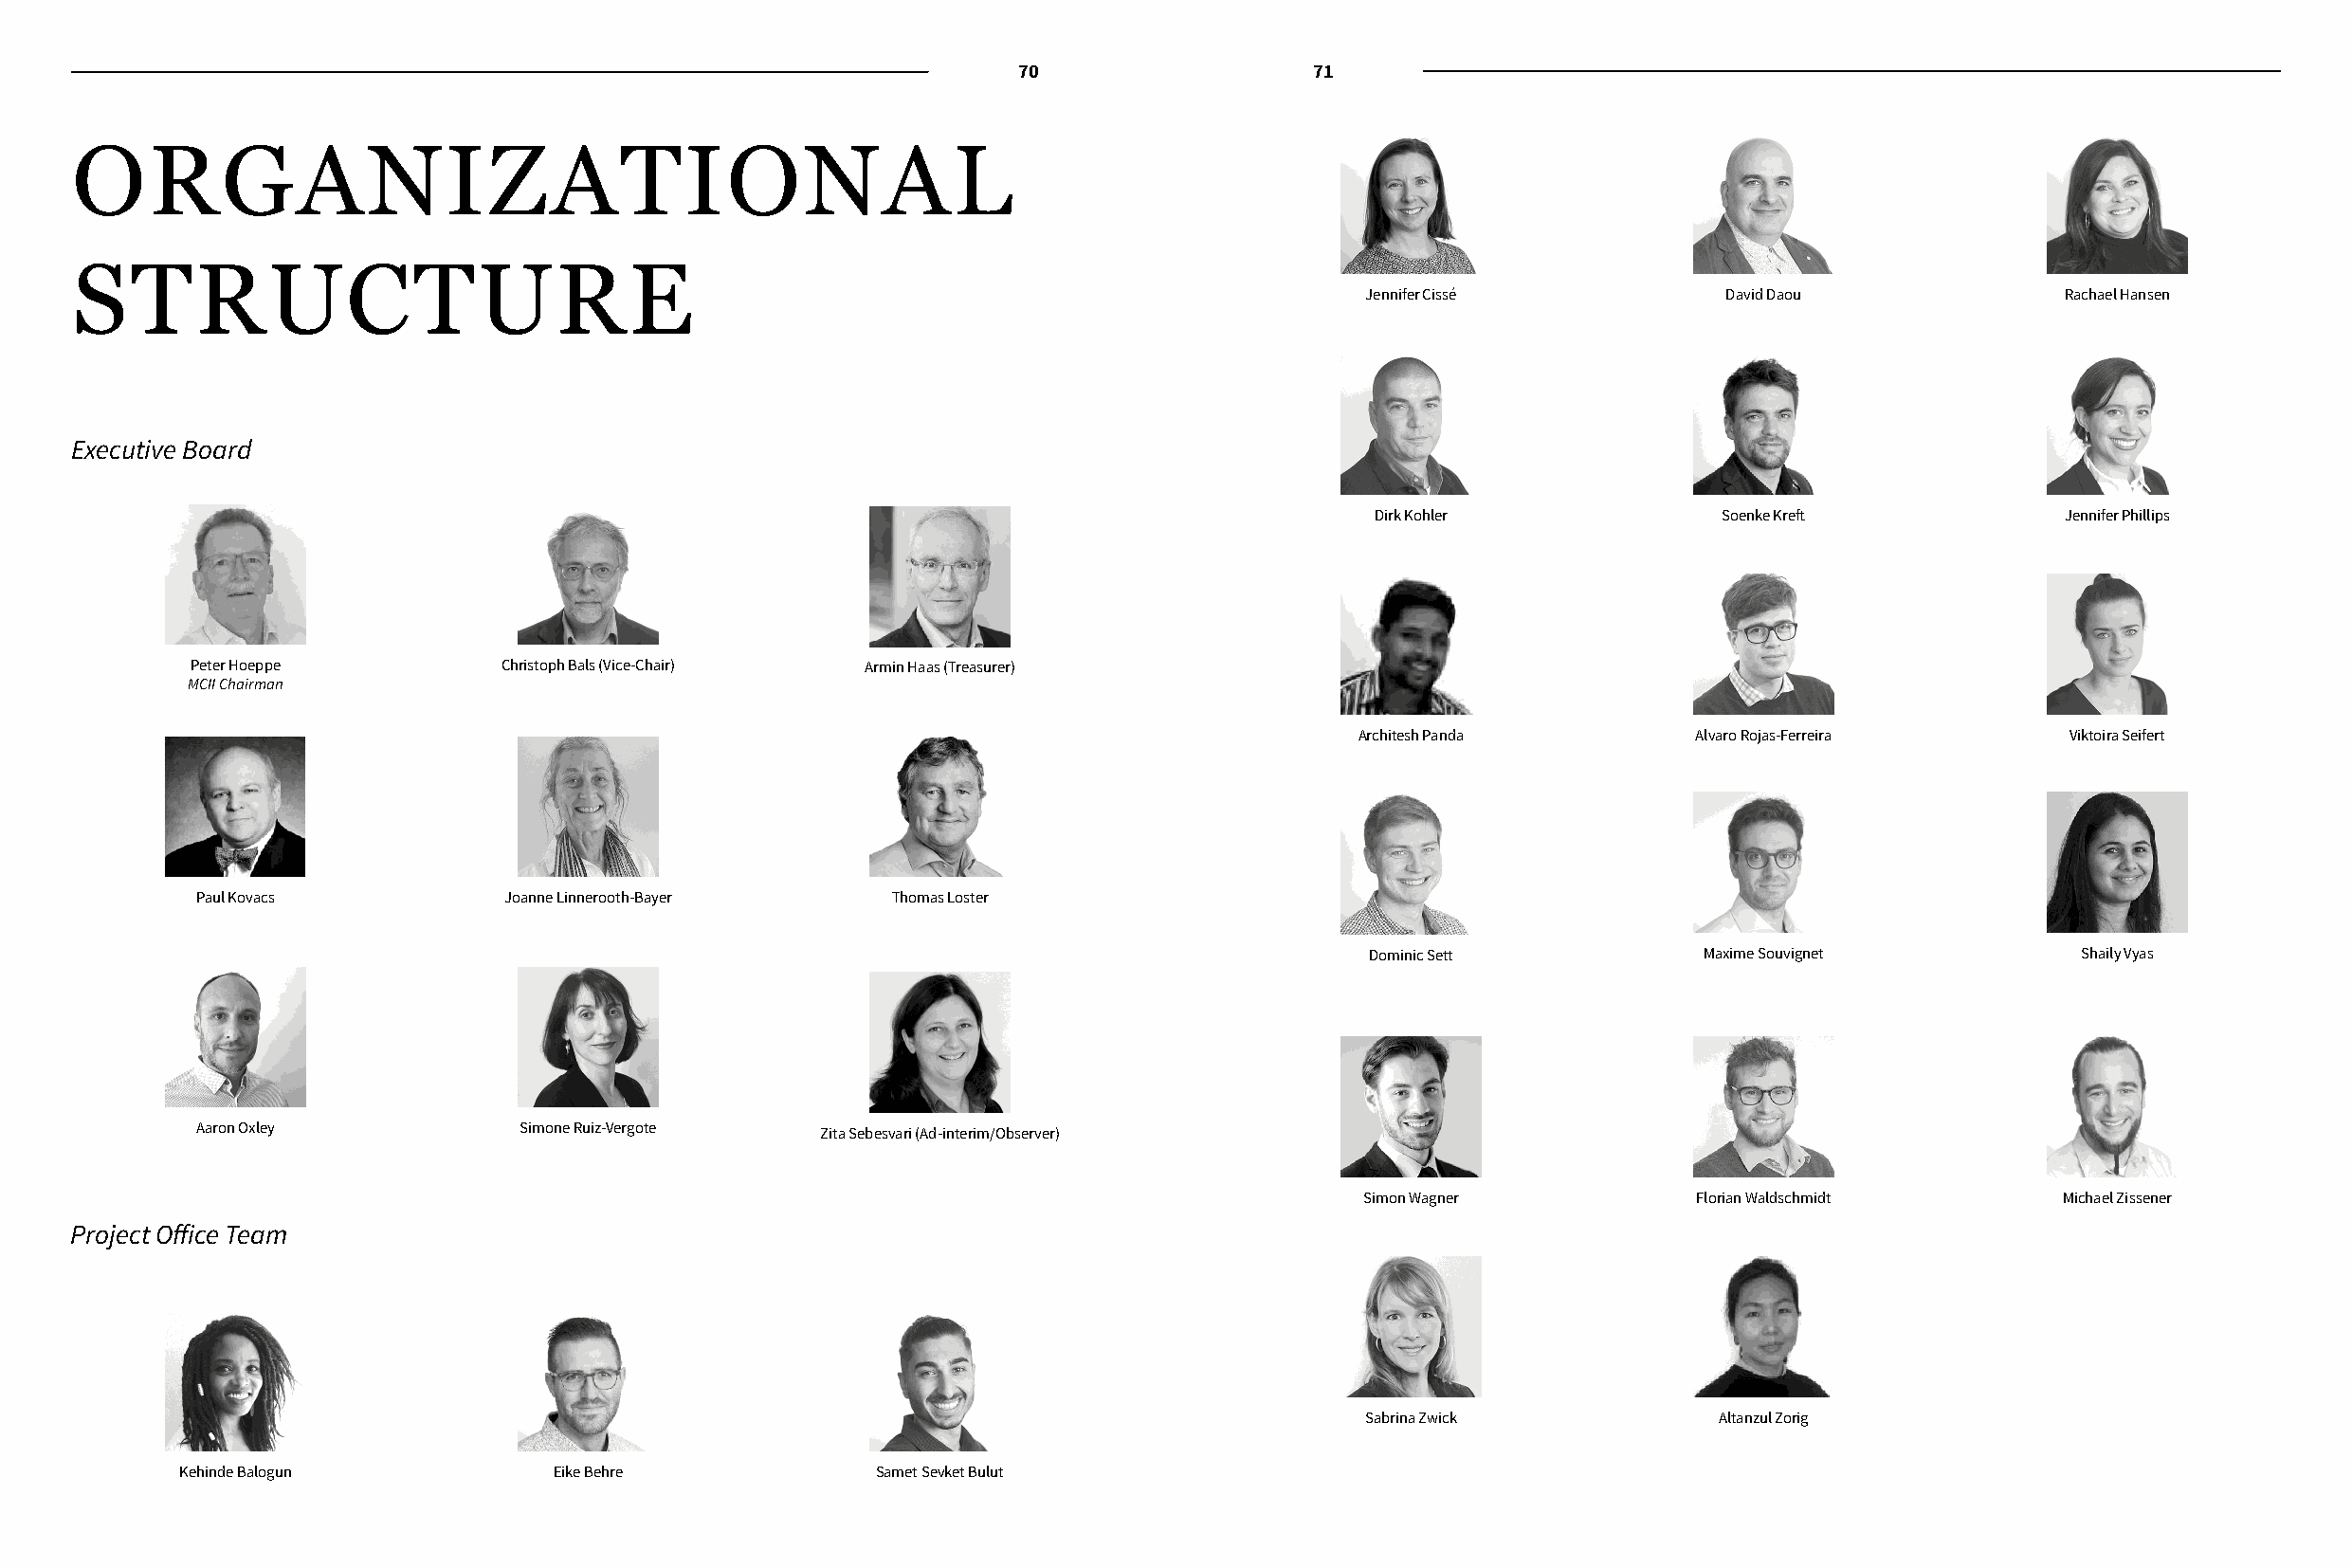
70                   71
 ORGANIZATIONAL
 STRUCTURE
 Jennifer Cissé           David Daou              Rachael Hansen
 Executive Board
 Dirk Kohler             Soenke Kreft            Jennifer Phillips
 Peter Hoeppe          Christoph Bals (Vice-Chair) Armin Haas (Treasurer)
 MCII Chairman
 Architesh Panda        Alvaro Rojas-Ferreira     Viktoira Seifert
 Paul Kovacs          Joanne Linnerooth-Bayer    Thomas Loster
 Dominic Sett           Maxime Souvignet          Shaily Vyas
 Aaron Oxley           Simone Ruiz-Vergote  Zita Sebesvari (Ad-interim/Observer)
 Simon Wagner           Florian Waldschmidt       Michael Zissener
 Project Office Team
 Sabrina Zwick            Altanzul Zorig
 Kehinde Balogun           Eike Behre            Samet Sevket Bulut